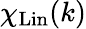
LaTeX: \chi_{\mathrm{Lin}}(k)